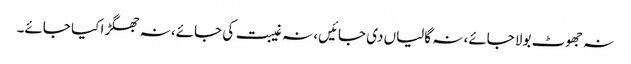
نہ جھوٹ بولا جائے، نہ گالیاں دی جائیں، نہ غیبت کی جائے، نہ جھگڑا کیا جائے۔